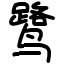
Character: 鹭